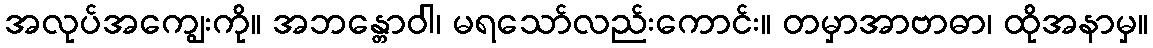
အလုပ်အကျွေးကို။ အဘန္တောဝါ၊ မရသော်လည်းကောင်း။ တမှာအာဗာဓာ၊ ထိုအနာမှ။